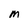
Character: M